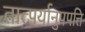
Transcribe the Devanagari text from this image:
तात्पर्यानुपपत्ति